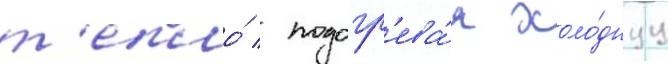
т'епло́ / подогр'ева́я холо́днуу